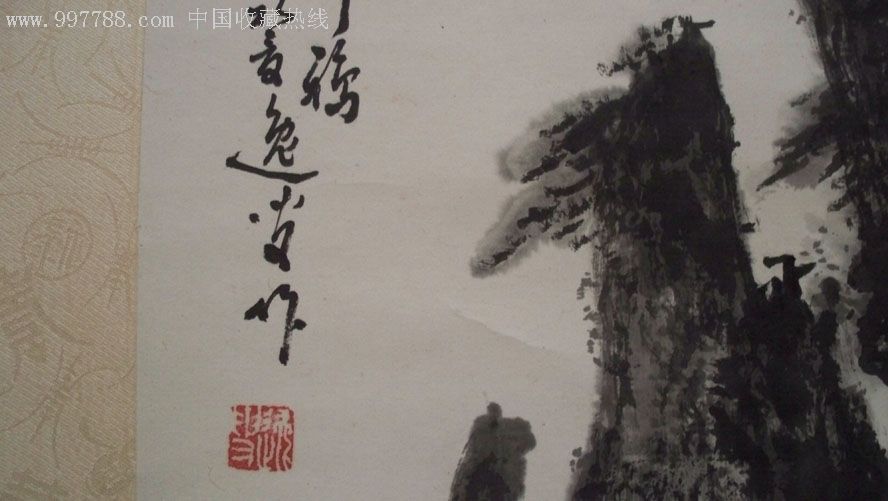
烟横水际，映带几点归鸦，东风销尽龙沙雪。